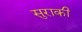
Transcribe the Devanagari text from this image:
सुराकी